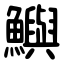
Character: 鱮